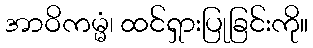
အာဝိကမ္မံ၊ ထင်ရှားပြုခြင်းကို။